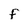
Character: F